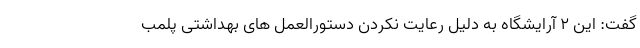
گفت: این ۲ آرایشگاه به دلیل رعایت نکردن دستورالعمل های بهداشتی پلمب